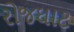
રોજઘાટ